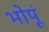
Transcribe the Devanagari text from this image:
भोपूं